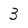
Character: 3